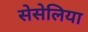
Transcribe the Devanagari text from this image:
सेसेलिया